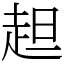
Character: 䞡